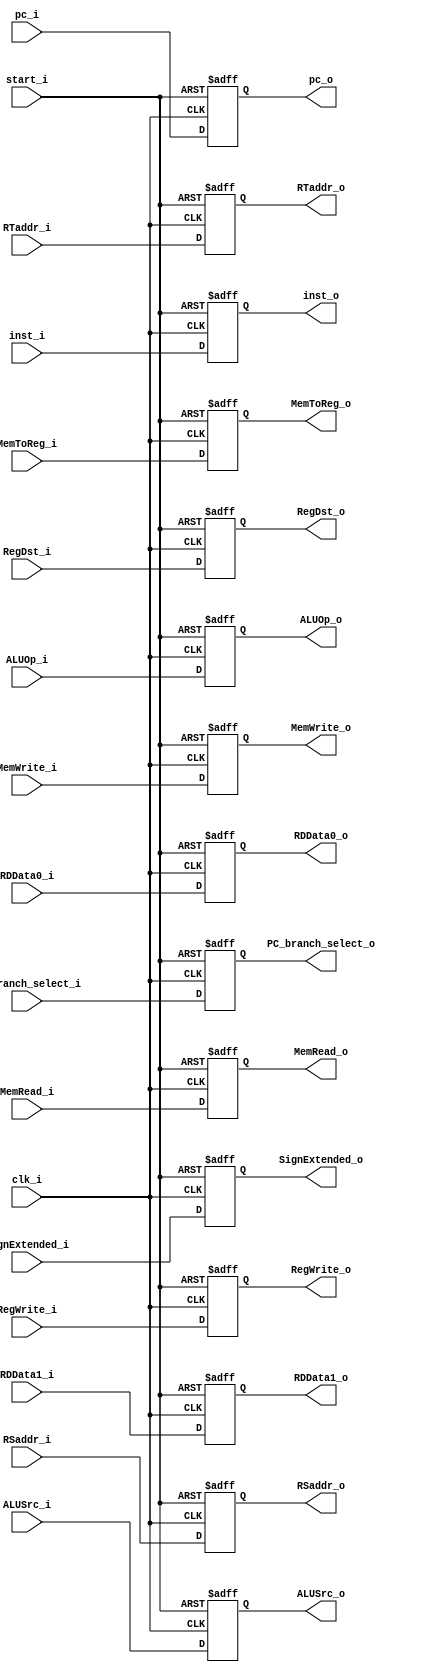
module ID_EX(
	clk_i,
	start_i,
	inst_i,
	pc_i,
	//pcEx_i,
	RDData0_i,
	RDData1_i,
	SignExtended_i,
	RegDst_i,
	ALUOp_i,
	ALUSrc_i,
	RegWrite_i,
	MemToReg_i,
	MemRead_i,
	MemWrite_i,
	inst_o,
	PC_branch_select_i,
	RSaddr_i,     
    RTaddr_i,
	pc_o,
	//pcEx_o,
	RDData0_o,
	RDData1_o,
	SignExtended_o,
	RegDst_o,
	ALUOp_o,
	ALUSrc_o,
	RegWrite_o,
	MemToReg_o,
	MemRead_o,
	MemWrite_o,
	PC_branch_select_o,
	RSaddr_o,
	RTaddr_o
);

input	clk_i, ALUSrc_i, RegWrite_i, MemToReg_i, MemRead_i, MemWrite_i, start_i; 
input	[31:0]	inst_i, pc_i, RDData0_i, RDData1_i, SignExtended_i;
input	[1:0]	ALUOp_i;
input 	[4:0]	RegDst_i,RSaddr_i,RTaddr_i;
//input   [31:0] pcEx_i;
input   PC_branch_select_i;
output	reg ALUSrc_o, RegWrite_o, MemToReg_o, MemRead_o, MemWrite_o;  
output	reg [31:0]	inst_o, pc_o, RDData0_o, RDData1_o, SignExtended_o;
output	reg [1:0]	ALUOp_o;
output 	reg [4:0]	RegDst_o, RSaddr_o, RTaddr_o;
//output reg  [31:0] pcEx_o;
output reg PC_branch_select_o;


always@(posedge clk_i or negedge start_i) begin
	if(~start_i) begin
		inst_o <= 0;
		pc_o <= 0 ;
		RDData0_o <= 0;
		RDData1_o <= 0;
		SignExtended_o <= 0;
		RegDst_o <= 0;
		ALUOp_o <= 0;
		ALUSrc_o <= 0;
		RegWrite_o <= 0;
		MemToReg_o <= 0;
		MemRead_o <= 0;
		MemWrite_o <= 0;
		pcEx_o <= 0;
		PC_branch_select_o <=0;
		RSaddr_o <= 0;
		RTaddr_o <= 0;
	end
	else begin
		inst_o <= inst_i;
		pc_o <= pc_i ;
		RDData0_o <= RDData0_i;
		RDData1_o <= RDData1_i;
		SignExtended_o <= SignExtended_i;
		RegDst_o <= RegDst_i;
		ALUOp_o <= ALUOp_i;
		ALUSrc_o <= ALUSrc_i;
		RegWrite_o <= RegWrite_i;
		MemToReg_o <= MemToReg_i;
		MemRead_o <= MemRead_i;
		MemWrite_o <= MemWrite_i;
		pcEx_o <= pcEx_i;
		PC_branch_select_o <= PC_branch_select_i;
		RSaddr_o <= RSaddr_i;
		RTaddr_o <= RTaddr_i;
	end
end

endmodule